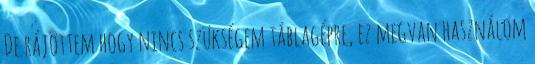
De rájöttem hogy nincs szükségem táblagépre, ez megvan használom